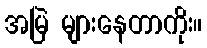
အမြဲ များနေတာကိုး။